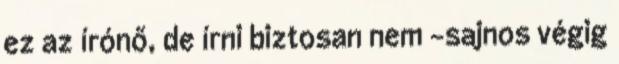
ez az írónő, de írni biztosan nem -sajnos végig